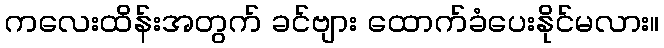
ကလေးထိန်းအတွက် ခင်ဗျား ထောက်ခံပေးနိုင်မလား။